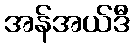
အန်အယ်ဒီ